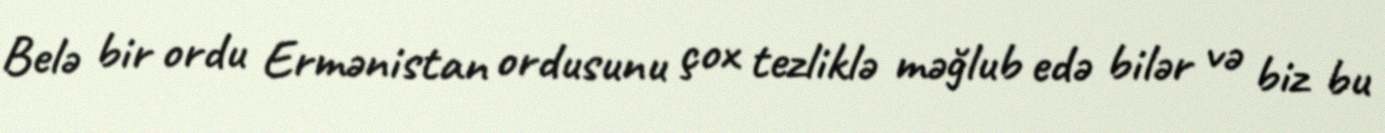
Belə bir ordu Ermənistan ordusunu çox tezliklə məğlub edə bilər və biz bu